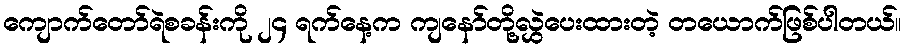
ကျောက်တော်ရဲစခန်းကို ၂၄ ရက်နေ့က ကျနော်တို့လွှဲပေးထားတဲ့ တယောက်ဖြစ်ပါတယ်။